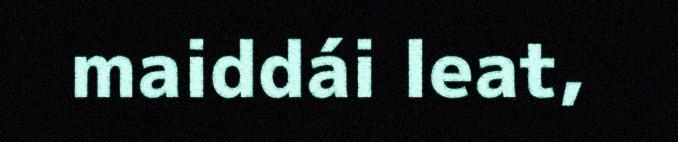
maiddái leat,